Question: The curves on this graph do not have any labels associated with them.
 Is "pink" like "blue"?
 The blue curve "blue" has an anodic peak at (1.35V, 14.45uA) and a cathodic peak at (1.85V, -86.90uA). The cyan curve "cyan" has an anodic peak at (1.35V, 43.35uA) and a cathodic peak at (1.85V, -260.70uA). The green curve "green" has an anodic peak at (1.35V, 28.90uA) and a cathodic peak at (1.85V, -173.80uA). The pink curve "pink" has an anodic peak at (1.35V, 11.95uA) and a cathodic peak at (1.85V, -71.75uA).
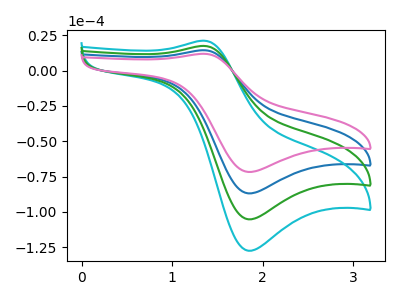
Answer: <think>All the peaks in "pink" have a peak in "blue" at the same potential. Every peak in "pink" is lower than every peak in "blue".
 </think>
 <answer>"pink" and "blue" are similar in shape.</answer>
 <eval>same_shape</eval>